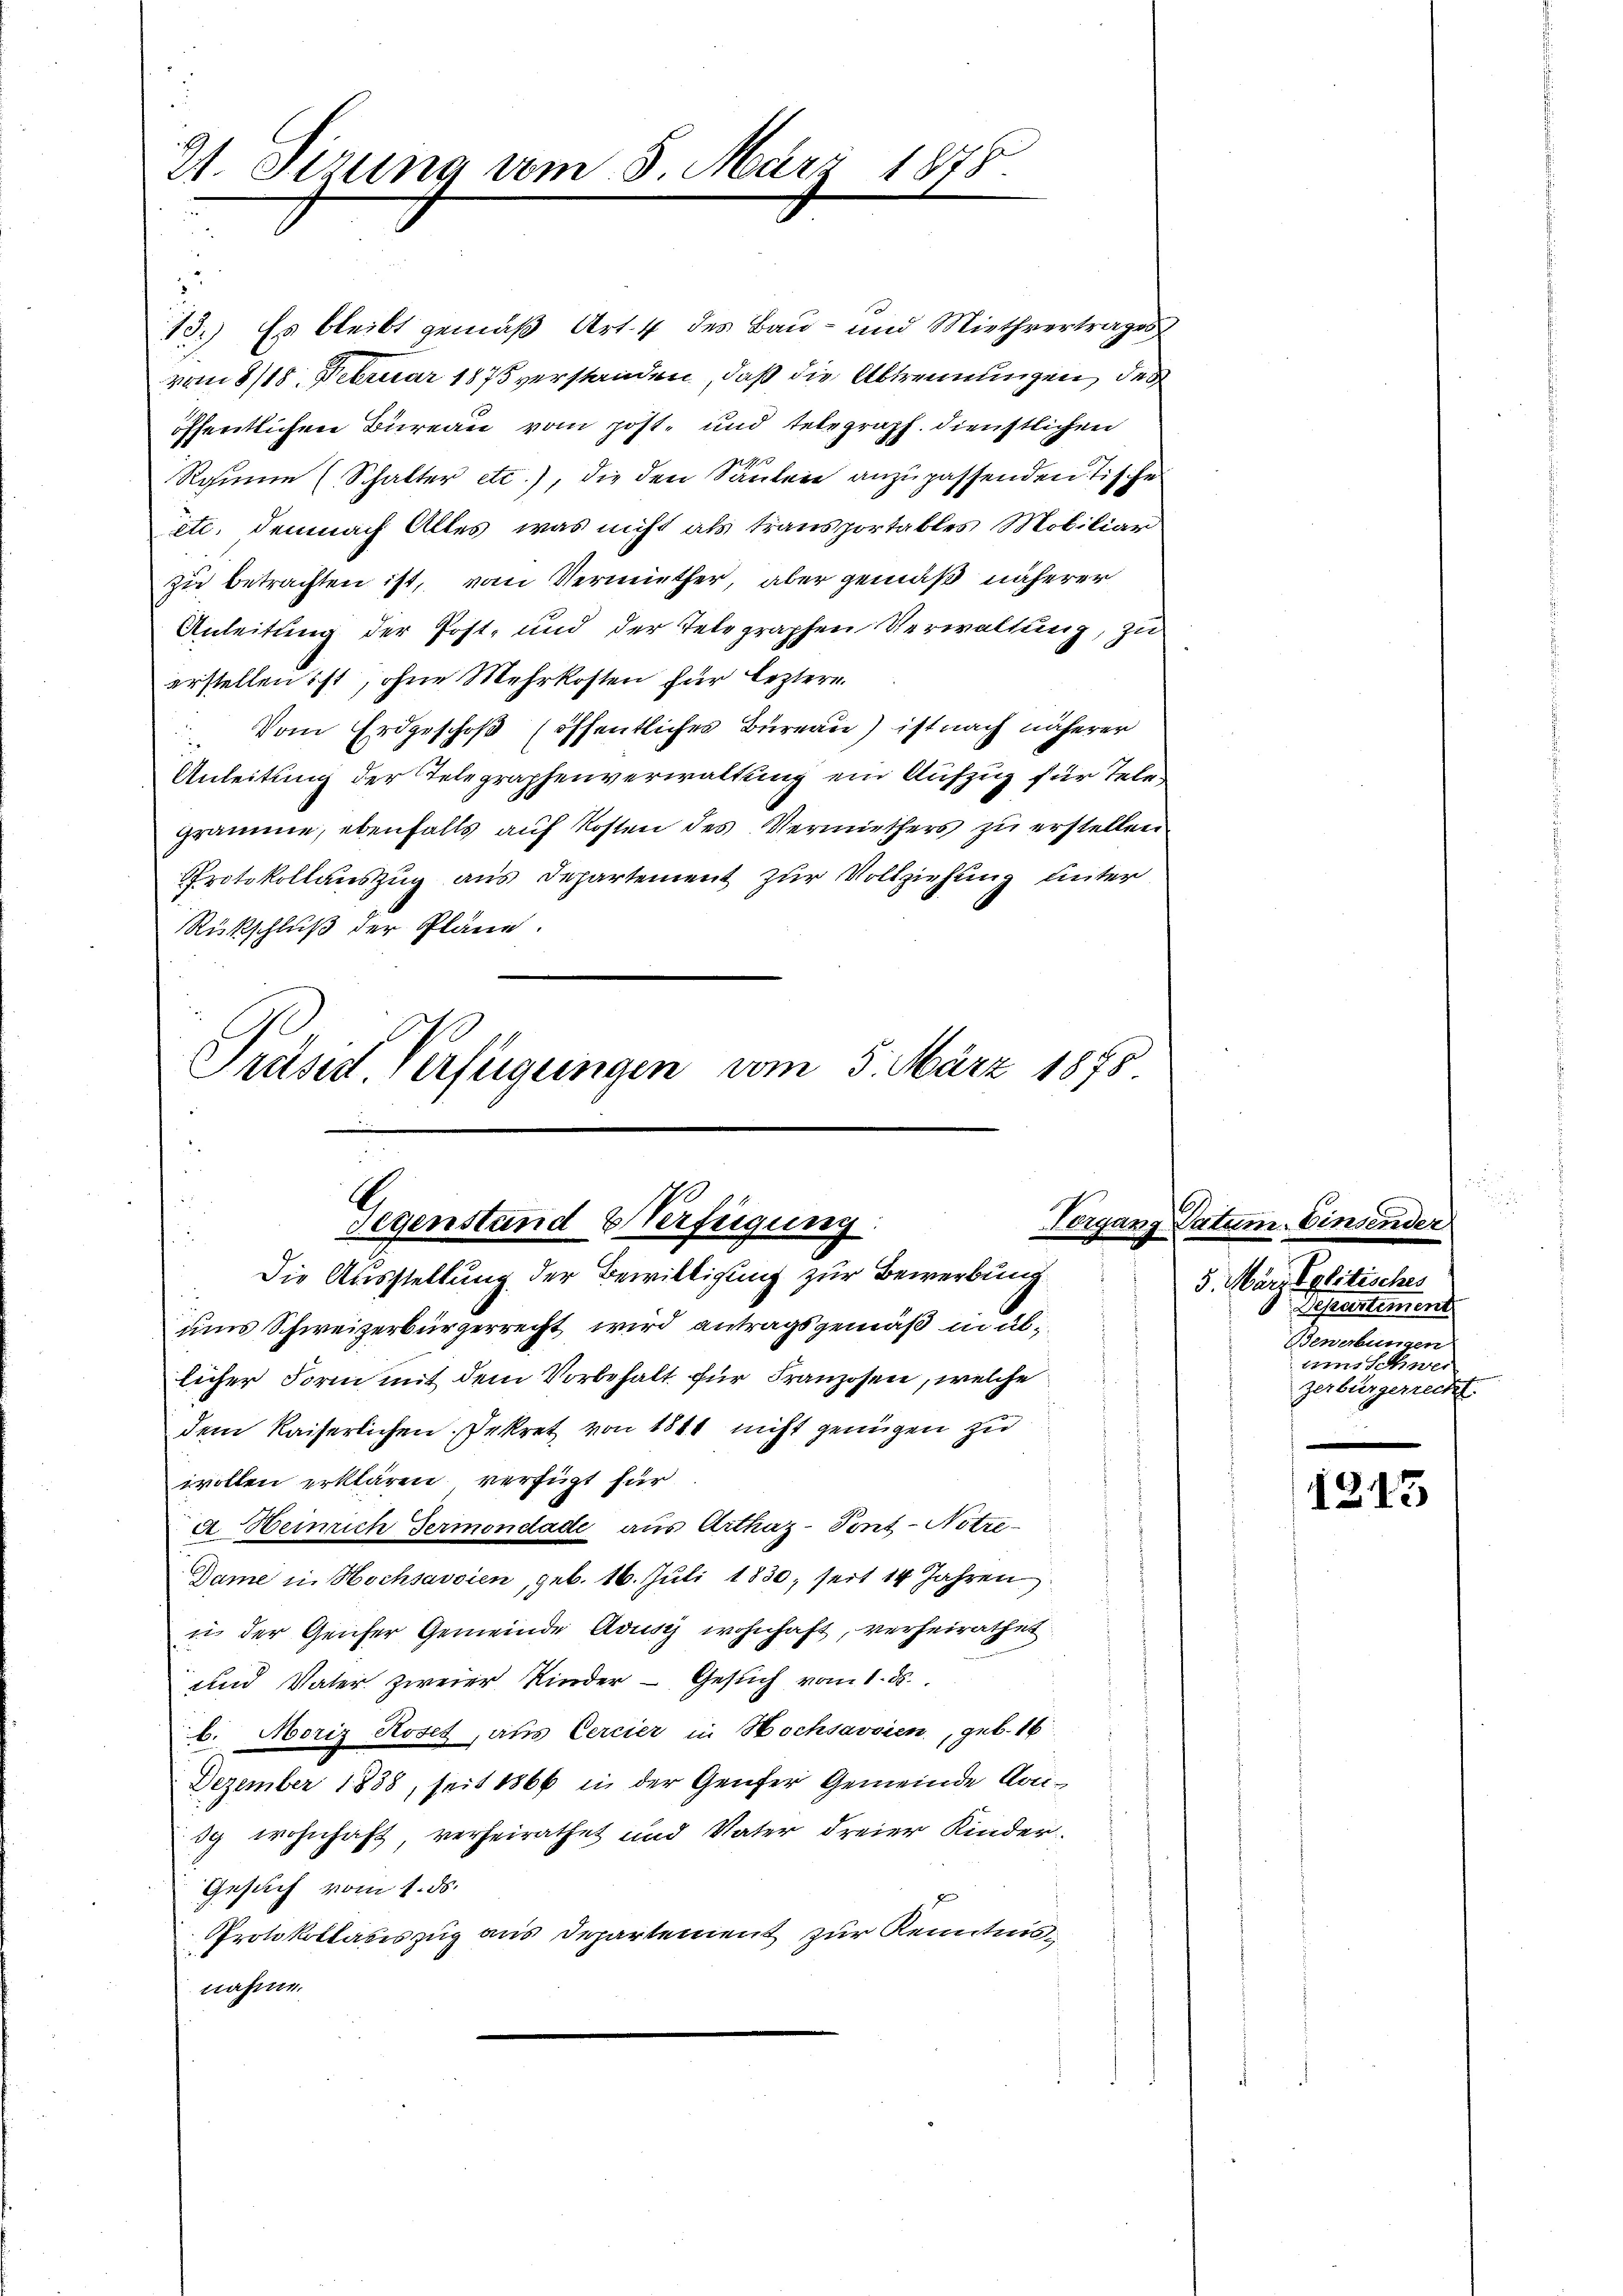
91. Sizung vom 5. Mari

13.) Es bleibt gemäß Art. 4 des Bau- und Miethvertrages
vom 8/18. Februar 1875 verstanden, daß die Abtrennungen, des
öffentlichen Bureau vom post, und telegraph. dienstlichen
1
Rosine (Schalter etc.), die den Sauten anzupassenden Tische
ite, demnach Alles, was nicht als transportables Mobiliar
zu betrachten ist, vom Vermiether, aber gemäß näherer
Anleitung der Post- und der Telegraphen Verwaltung, zu
erstellen ist, ohne Mehrkosten für leztere
 Vom Erdgeschoß (öffentliches Bureau) ist nach näherer
Anleitung der Telegraphenverwaltung ein Aufzug für Telegramme, ebenfalls auf Kosten des Vermiethers zu erstellen
Protokollauszug aus Departement zur Vollziehung unter
Rückschluß der Pläne.

2

Vorgan
Gegenstand & Verfügung.
u
Die Ausstellung der Bewilligung zur Bewerbung

Präses Verfügungen vom 5. März 1875

ums Schweizerbürgerrecht wird antragsgemäß in üblicher Form mit dem Vorbehalt für Franzosen, welche
dem Kaiserlichen Dekret von 1811 nicht genügen zu
wollen erklären verfügt für
a. Heinrich Germondade aus Arthaz-Tong-Notre-
Dame in Hochsavsien, geb. 16. Juli 1830, seit 14 Jahren
12. der Genfer Gemeinde Adusy wohnhaft, verheirathet.
und Vater zweier Kinder - Gesuch vom 1. d.
b. Moriz Roset, als Cercier in Hochsavsien, geb. 16
Dezember 1838, seit 1866 in der Genfer Gemeinde Urisg wohnhaft, verheirathet und Vater dreier Kinder¬
Gesuch vom 1. ds.
Protokollasiszug aus Departement zur Kenntnisnahme.

181.

a Datum. Einsender
5. März Politisches
Departement
Bewerbungen
um Schwer
zerbürgerrecht.

1215